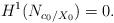
LaTeX: \begin{align*}H^1(N_{c_0/X_0})=0.\end{align*}